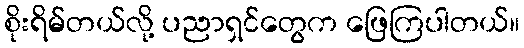
စိုးရိမ်တယ်လို့ ပညာရှင်တွေက ဖြေကြပါတယ်။